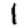
Digit: 1